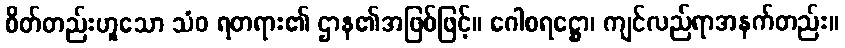
စိတ်တည်းဟူသော သံဝ ရတရား၏ ဌာန၏အဖြစ်ဖြင့်။ ဂေါစရဋ္ဌော၊ ကျင်လည်ရာအနက်တည်း။